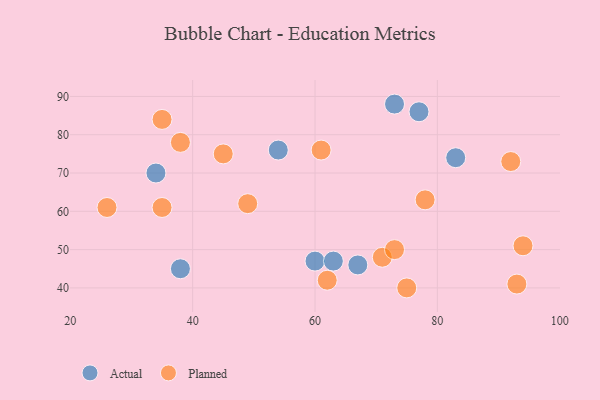
{"axis": {"x": "GDP", "y": "Life Expectancy"}, "legend": ["Actual", "Planned"], "data": [{"x": "38", "y": 45, "type": "Actual"}, {"x": "34", "y": 70, "type": "Actual"}, {"x": "83", "y": 74, "type": "Actual"}, {"x": "54", "y": 76, "type": "Actual"}, {"x": "67", "y": 46, "type": "Actual"}, {"x": "60", "y": 47, "type": "Actual"}, {"x": "63", "y": 47, "type": "Actual"}, {"x": "73", "y": 88, "type": "Actual"}, {"x": "77", "y": 86, "type": "Actual"}, {"x": "75", "y": 40, "type": "Planned"}, {"x": "49", "y": 62, "type": "Planned"}, {"x": "38", "y": 78, "type": "Planned"}, {"x": "93", "y": 41, "type": "Planned"}, {"x": "45", "y": 75, "type": "Planned"}, {"x": "62", "y": 42, "type": "Planned"}, {"x": "61", "y": 76, "type": "Planned"}, {"x": "35", "y": 84, "type": "Planned"}, {"x": "94", "y": 51, "type": "Planned"}, {"x": "35", "y": 61, "type": "Planned"}, {"x": "71", "y": 48, "type": "Planned"}, {"x": "73", "y": 50, "type": "Planned"}, {"x": "78", "y": 63, "type": "Planned"}, {"x": "92", "y": 73, "type": "Planned"}, {"x": "26", "y": 61, "type": "Planned"}]}